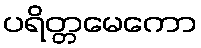
ပရိတ္တမေကော